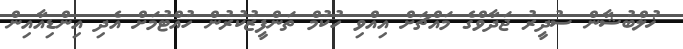
ޚުލްބުޝާން ސުދީރު ޖަދާވްގެ މައްޗަށް އިއްވި ހުކުމް ތަންފީޒުކުރުން ހުއްޓުމަށް އެދި އިންޑިއާއިން